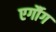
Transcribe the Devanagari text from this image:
एर्गौग